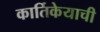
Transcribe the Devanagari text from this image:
कार्तिकेयाची